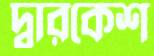
দ্বারকেশ